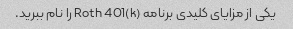
یکی از مزایای کلیدی برنامه Roth 401(k) را نام ببرید.